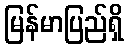
မြန်မာပြည်ရှိ